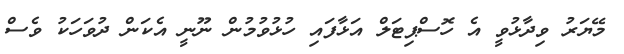
މޭޔަރު ވިދާޅުވީ އެ ހޮސްޕިޓަލް އަޅާފައި ހުޅުވުމުން ނޫނީ އެކަން ދުވަހަކު ވެސް